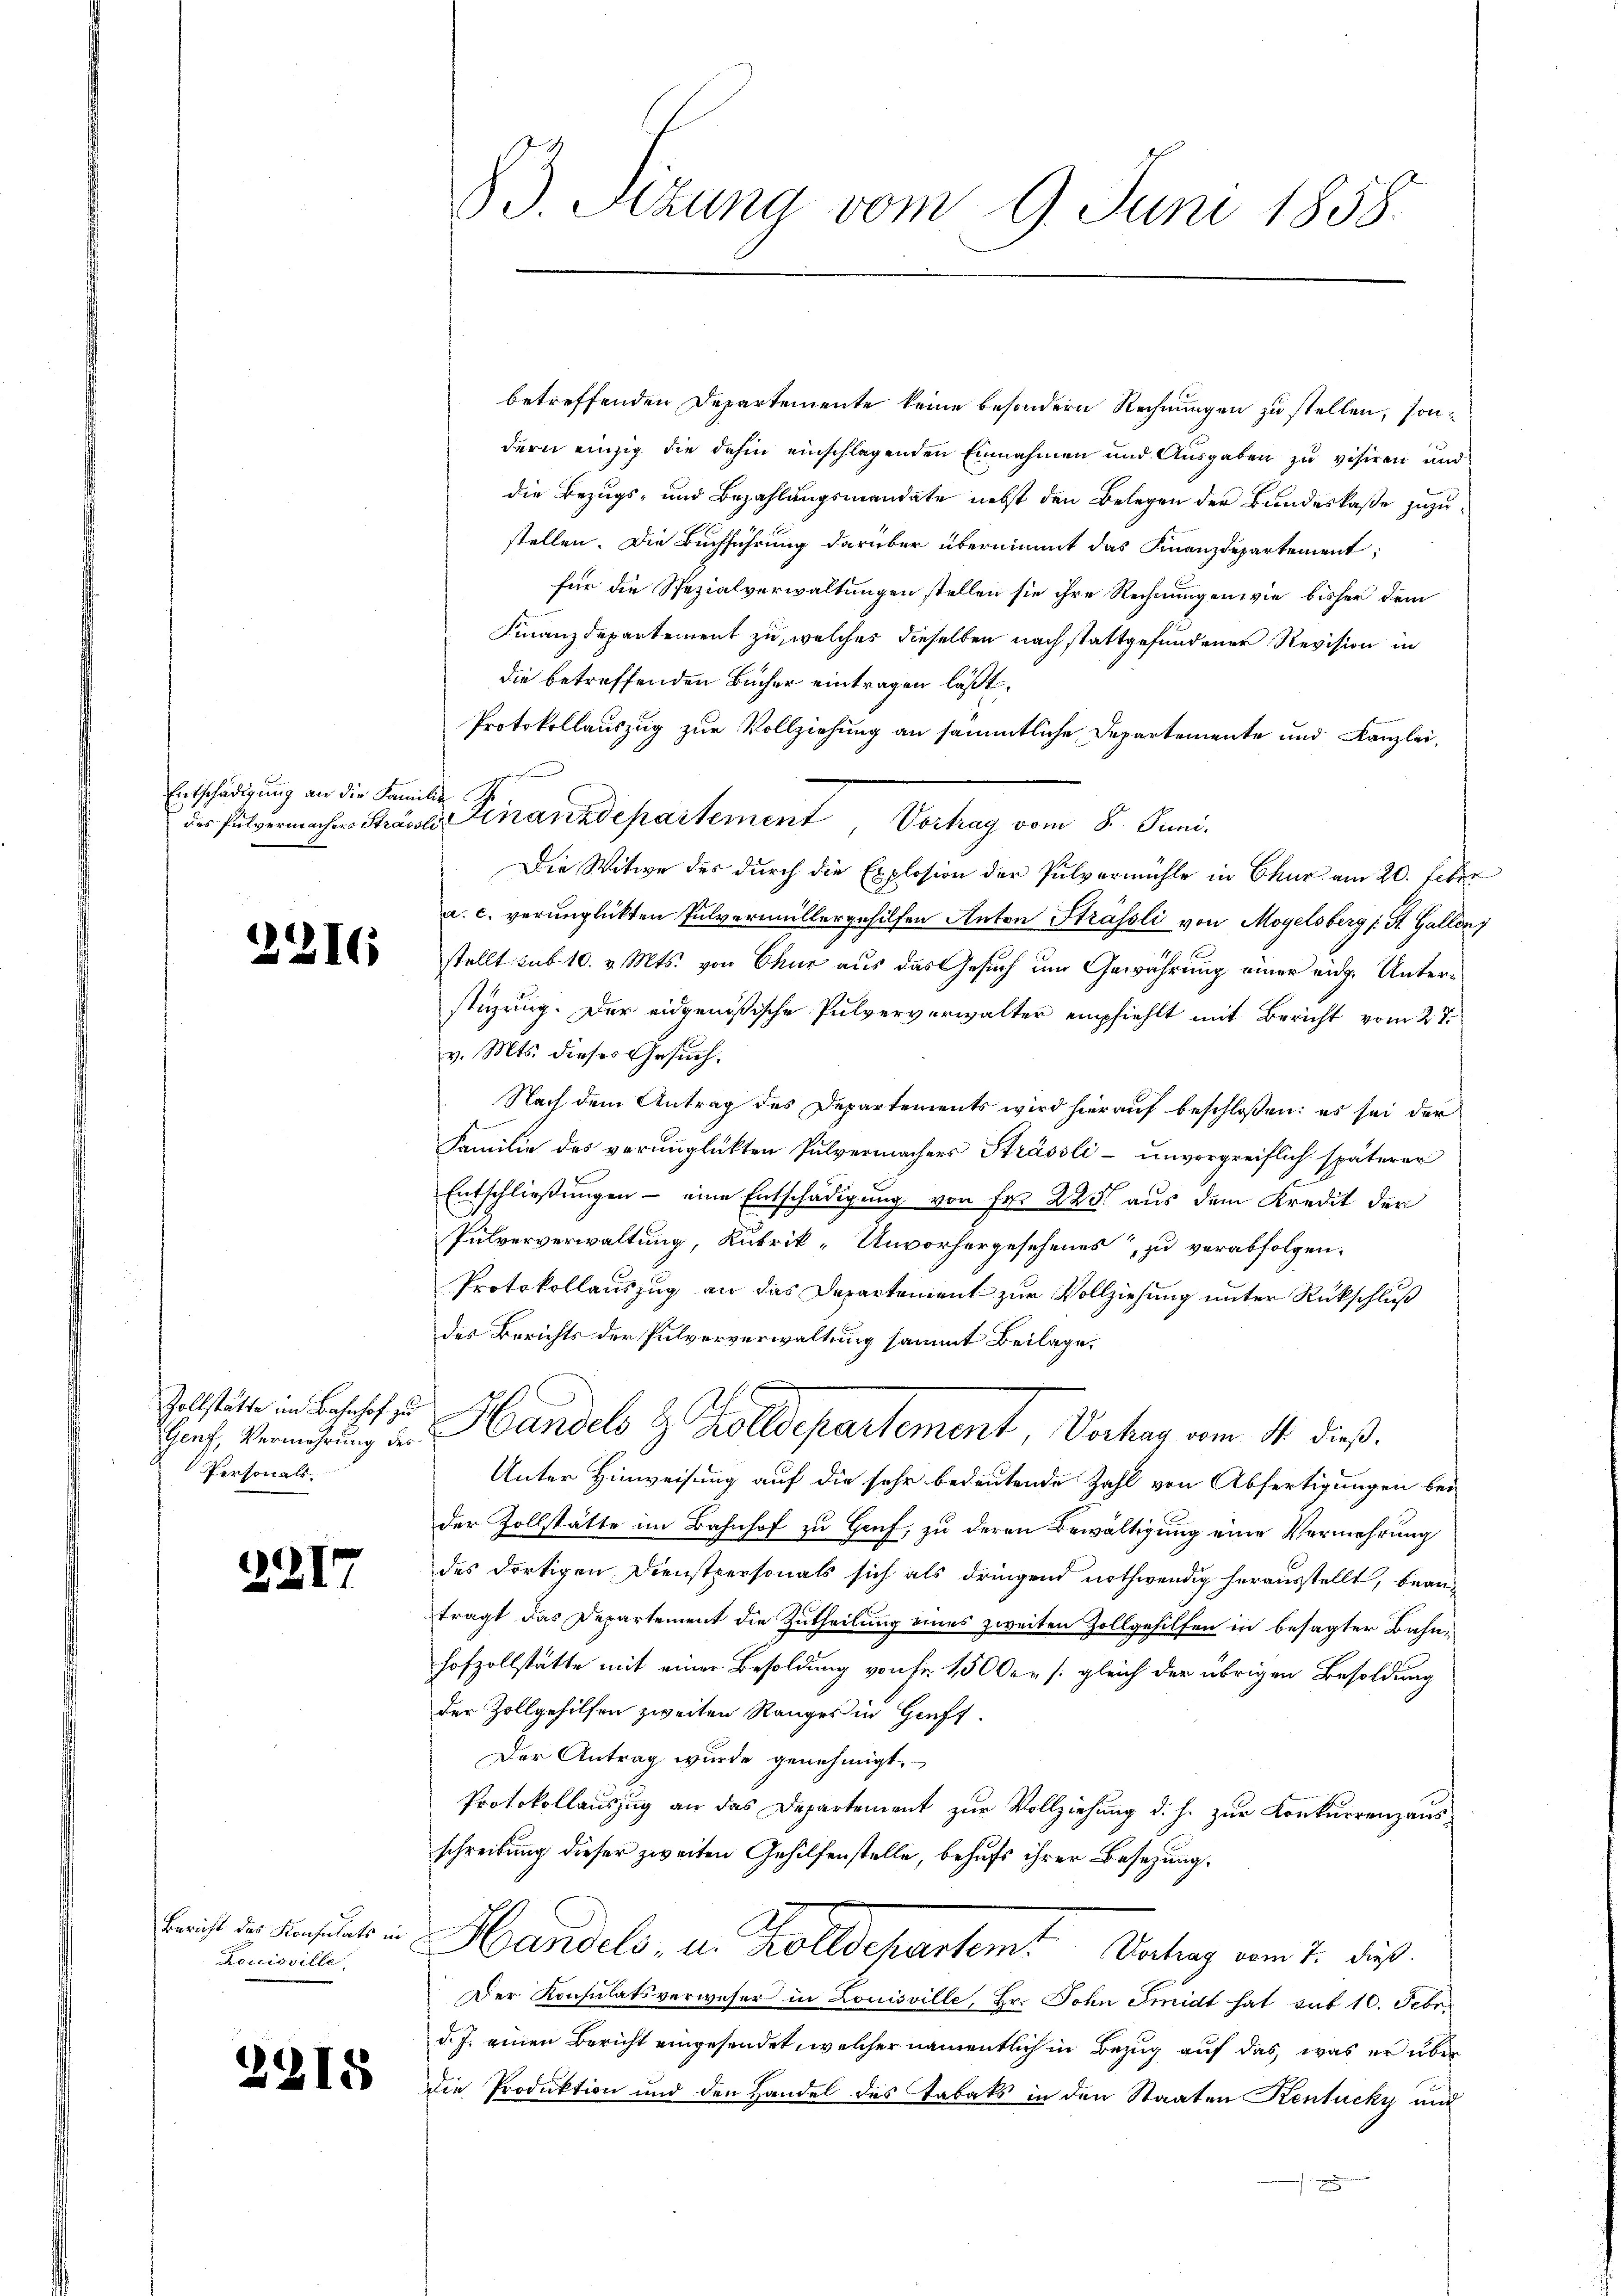
Entschädigung an die Famili
des Pulvermachers Strassli

.

2215

2216

Zollstätte im Bahnhof zu
Genf, Vermehrung des
Personals.

2217

Bericht des Konsulats in
Forcioville.

83 Sizung vom 9. Juni 1858.

betreffenden Departemente keine besondern Rechnungen zu stellen, sondern einzig die dahin einschlagenden Einnahmen und Ausgaben zu visiren und
die Bezugs- und Bezahlungsmandate nebst den Belegen der Bundeskaße zuzustellen. Die Buchführung darüber übernimmt das Finanzdepartement;
für die Spezialverwaltungen stellen sie ihre Rechnungen wie bisher dem
Finanzdepartement zu, welches dieselben nach stattgefundenen Revision in
die betreffenden Bücher eintragen läßt.
Protokollauszug zur Vollziehung an sämmtliche Departemente und Kanzlei,
4
Die Witwe des durch die Explosion der Pulvermühle in Chur am 20. Febr
a. c. verunglükten Pulvermüllergehilfen Anton Strässli von Mogelsberg s. St. Gallen
stellt sub 10. v. Mts. von Chur aus das Gesuch um Gewährung einer aug. Unterstigung. Der eidgenößische Pulververwalter empfiehlt mit Bericht vom 27.
v. Mts. dieses Gesuch.
Nach dem Antrag des Departements wird hierauf beschloßen: es sei der
Familie des verunglückten Pulvermachers Strässli- unvorgreiflich späterer
Entschlieβŭngen - eine Entschädigŭng von Fr. 225 aus dem Kredit der
Pulververwaltung, Rubrik „Unvorhergesehenes, zu verabfolgen.
Protokollauszug an das Departement zur Vollziehung unter Rückschluß
des Berichts der Pulververwaltung sammt Beilage,
Handels & Zolldepartement, Vorhay vom 11. dieß.
Unter Hinweisung auf die sehr bedeutende Zahl von Abfertigungen bei
der Zollstätte im Bahnhof zu Gruf, zu deren Bewältigung eine Vermehrung
des dortigen Dienstpersonals sich als dringend nothwendig herausstellt, beanträgt das Departement die Zutheilung eines zweiten Zollgehilfen in besagter Bahnhofzollstätte mit einer Besoldung von Fr. 15000. /: gleich der übrigen Besoldung
der Zollgehilfen zweiten Ranges in Hiuft¬
Der Antrag wurde genehmigt,
Protokollauszug an das Departement zur Vollziehung d. h. zur Konkurrenzausschreibung dieser zweiten Gehilfenstelle, behufs ihrer Besetzung.
Handels, u. Kolldepartem Vertrag vom 4. dies
Der Konsulatsverweser in Louisville, Hr. John Smidt hat sub 10. Febr.
d. J. einen Bericht eingesendet, welcher namentlich in Bezug auf das, was er über
die Produktion und den Handel des Tabaks in den Staaten Kentucki und
n

Finanzdepartement Vortrag vom 8. Juni.